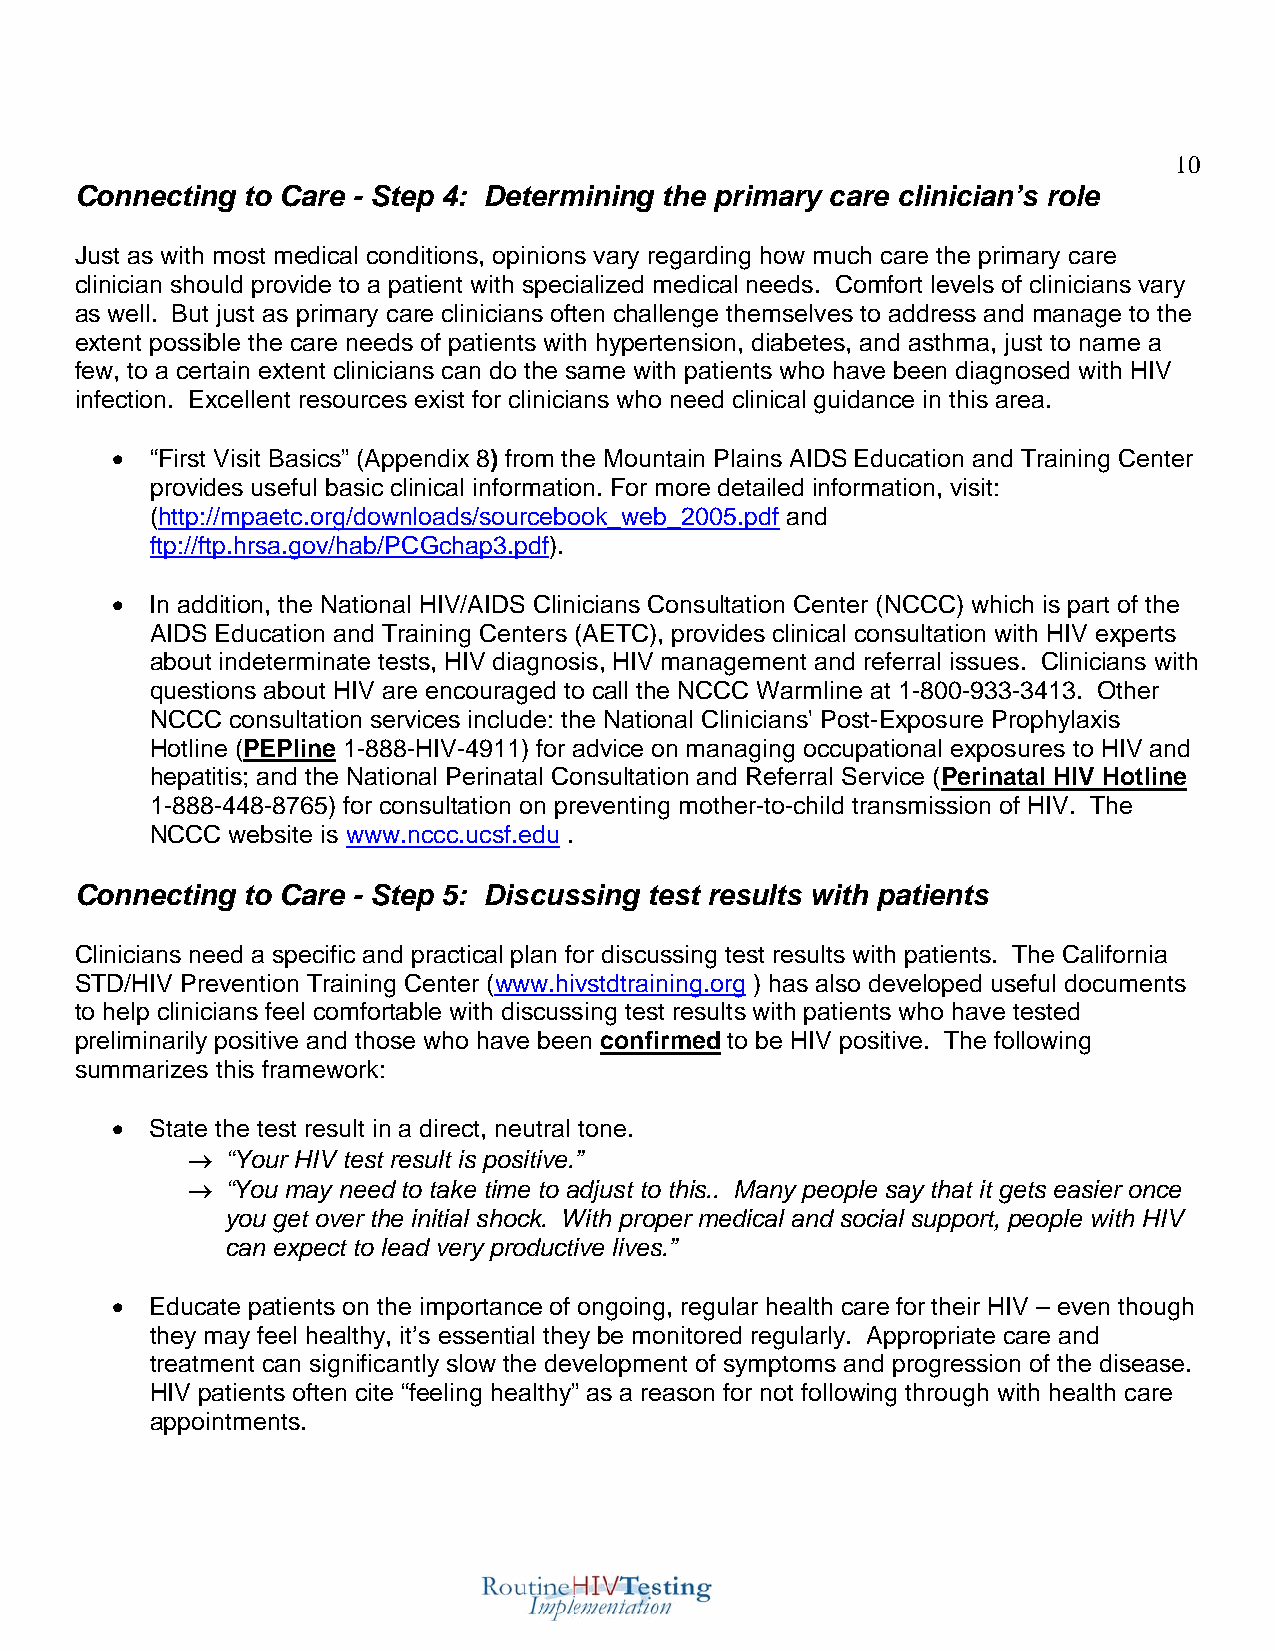
10
 Connecting to Care - Step 4: Determining the primary care clinician’s role
 Just as with most medical conditions, opinions vary regarding how much care the primary care
 clinician should provide to a patient with specialized medical needs. Comfort levels of clinicians vary
 as well. But just as primary care clinicians often challenge themselves to address and manage to the
 extent possible the care needs of patients with hypertension, diabetes, and asthma, just to name a
 few, to a certain extent clinicians can do the same with patients who have been diagnosed with HIV
 infection. Excellent resources exist for clinicians who need clinical guidance in this area.
 •  “First Visit Basics” (Appendix 8) from the Mountain Plains AIDS Education and Training Center
 provides useful basic clinical information. For more detailed information, visit:
 (http://mpaetc.org/downloads/sourcebook_web_2005.pdf and
 ftp://ftp.hrsa.gov/hab/PCGchap3.pdf).
 •  In addition, the National HIV/AIDS Clinicians Consultation Center (NCCC) which is part of the
 AIDS Education and Training Centers (AETC), provides clinical consultation with HIV experts
 about indeterminate tests, HIV diagnosis, HIV management and referral issues. Clinicians with
 questions about HIV are encouraged to call the NCCC Warmline at 1-800-933-3413. Other
 NCCC consultation services include: the National Clinicians' Post-Exposure Prophylaxis
 Hotline (PEPline 1-888-HIV-4911) for advice on managing occupational exposures to HIV and
 hepatitis; and the National Perinatal Consultation and Referral Service (Perinatal HIV Hotline
 1-888-448-8765) for consultation on preventing mother-to-child transmission of HIV. The
 NCCC website is www.nccc.ucsf.edu .
 Connecting to Care - Step 5: Discussing test results with patients
 Clinicians need a specific and practical plan for discussing test results with patients. The California
 STD/HIV Prevention Training Center (www.hivstdtraining.org ) has also developed useful documents
 to help clinicians feel comfortable with discussing test results with patients who have tested
 preliminarily positive and those who have been confirmed to be HIV positive. The following
 summarizes this framework:
 •  State the test result in a direct, neutral tone.
 →  “Your HIV test result is positive.”
 →  “You may need to take time to adjust to this.. Many people say that it gets easier once
 you get over the initial shock. With proper medical and social support, people with HIV
 can expect to lead very productive lives.”
 •  Educate patients on the importance of ongoing, regular health care for their HIV – even though
 they may feel healthy, it’s essential they be monitored regularly. Appropriate care and
 treatment can significantly slow the development of symptoms and progression of the disease.
 HIV patients often cite “feeling healthy” as a reason for not following through with health care
 appointments.